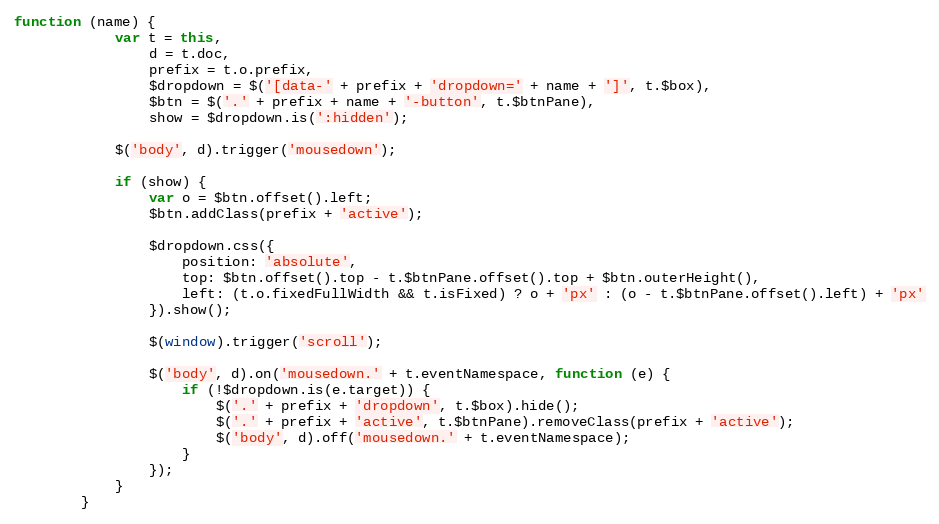
Language: JavaScript
function (name) {
            var t = this,
                d = t.doc,
                prefix = t.o.prefix,
                $dropdown = $('[data-' + prefix + 'dropdown=' + name + ']', t.$box),
                $btn = $('.' + prefix + name + '-button', t.$btnPane),
                show = $dropdown.is(':hidden');

            $('body', d).trigger('mousedown');

            if (show) {
                var o = $btn.offset().left;
                $btn.addClass(prefix + 'active');

                $dropdown.css({
                    position: 'absolute',
                    top: $btn.offset().top - t.$btnPane.offset().top + $btn.outerHeight(),
                    left: (t.o.fixedFullWidth && t.isFixed) ? o + 'px' : (o - t.$btnPane.offset().left) + 'px'
                }).show();

                $(window).trigger('scroll');

                $('body', d).on('mousedown.' + t.eventNamespace, function (e) {
                    if (!$dropdown.is(e.target)) {
                        $('.' + prefix + 'dropdown', t.$box).hide();
                        $('.' + prefix + 'active', t.$btnPane).removeClass(prefix + 'active');
                        $('body', d).off('mousedown.' + t.eventNamespace);
                    }
                });
            }
        }